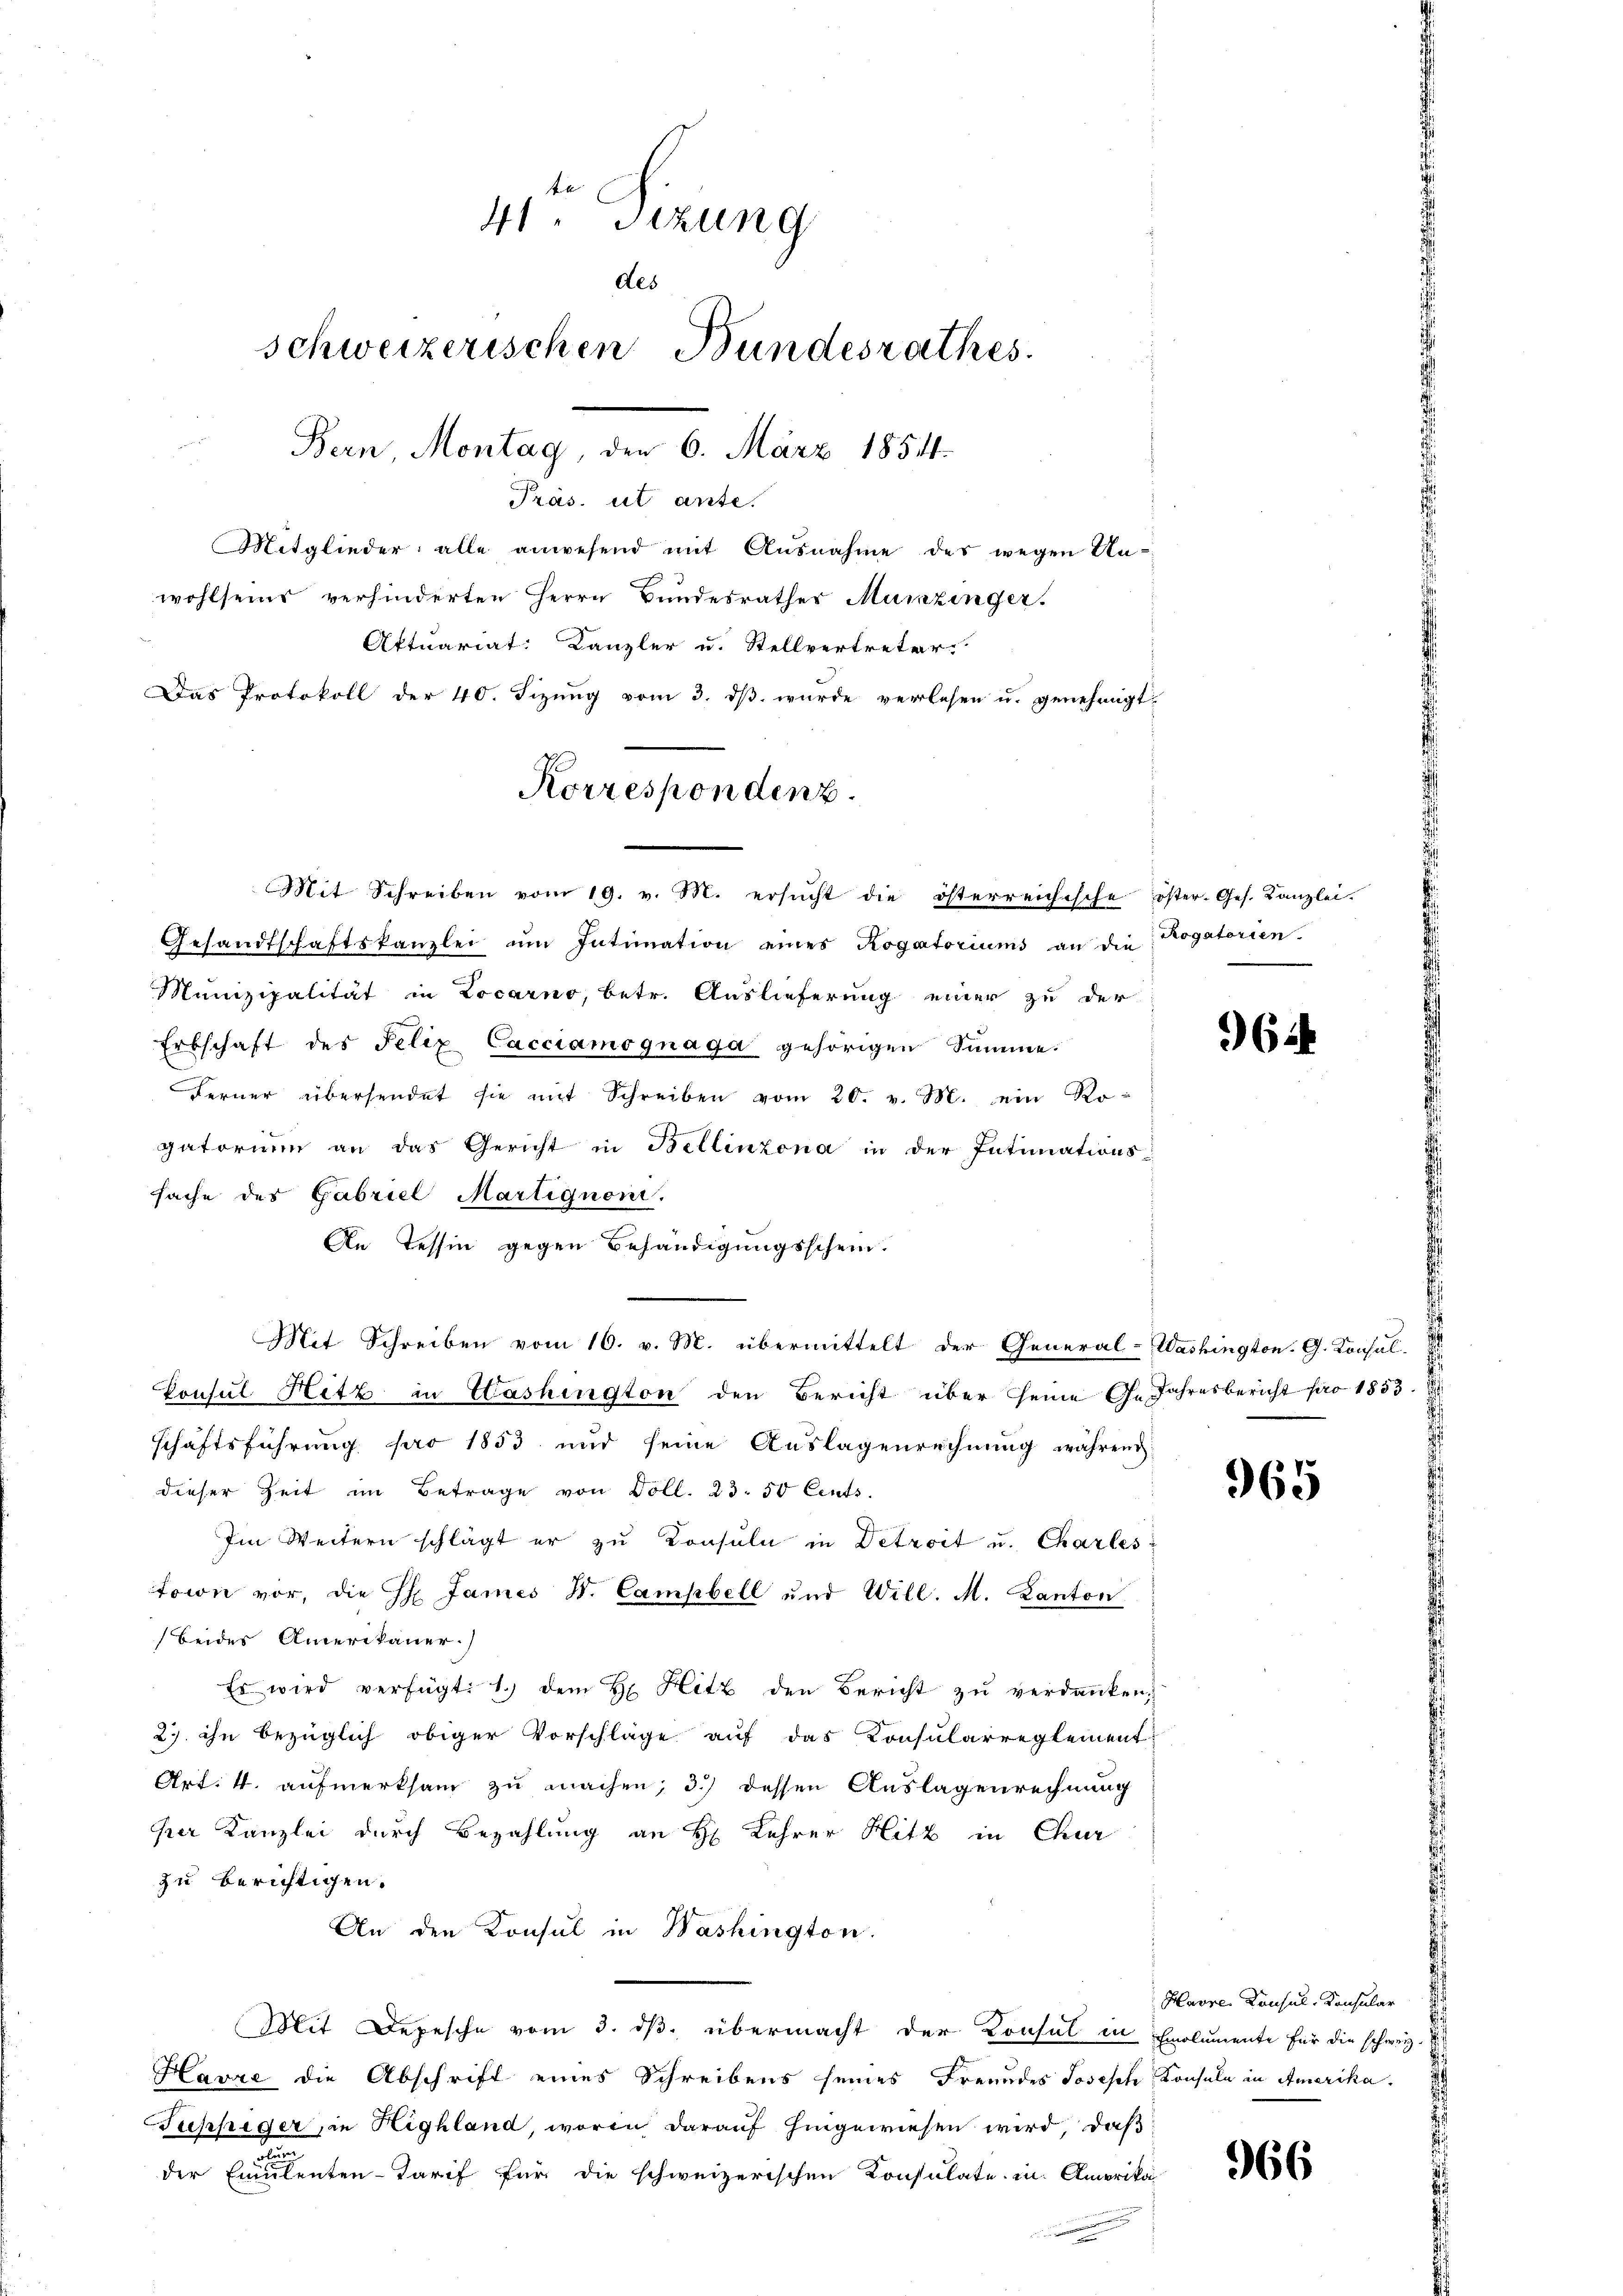
te
41 Sizung
des
schweizerischen Bundesrathes
Bern, Montag, der 6. März 1854.
Präs. ut ante.

Mitglieder alle anwesend mit Ausnahme des wegen Unwohlseins verhinderten Herrn Bundesrathes Munzinger.
Attuariat: Kanzler u. Stellvertreter.
Das Protokoll der 40. Fizung vom 3. ds wurde verlesen u. genehmigt.

Korrespondenz.

Mit Schreiben vom 19. v. M. ersucht die österreichische öster-Ges. Kanzlei.
Gesandtschaftskanzlei ŭm Intimation eines Rogatoriums an die Rogatorien.
Munizipalität in Locarno, betr. Auslieferung einer zu der
Erbschaft des Felix Cacciamognaga gehörigen Summe.
Ferner übersendet sie mit Schreiben vom 20. v. M. ein Rogatorium an das Gericht in Bellinzona in der Intimations-
sache des Gabriel Martignoni.
An Tessin gegen Behändigungsschein.
Mit Schreiben vom 16. v. M. übermittelt der General-Washington G. Consul-
Consul Hitz in Washington den Bericht über seine Ge Jahresbericht pro 1853.
schäftsführung pro 1853 und seine Auslagenrechnung während
dieser Zeit im Betrage von Doll. 23. 50 Cents.
Im Weitern schlägt er zu Consuln in Detroit u. Charles
taion vor, die H. James V. Campbell und Will. M. Kanton
beides Amerikaner.)
Es wird verfügt: 1.) dem H. Hitz den Bericht zu verdanken,
2) ihn bezüglich obiger Vorschläge auf das Konsularreglement
Art. 4. aufmerksam zu machen; 3) dessen Auslagenrechnung
per Kanzlei durch Bezahlung an H. Lehrer Hitz in Chur
zu berichtigen.
An den Konsul in Washington.
Mit Depesche vom 3. dβ übermacht der Konsul in Emolumente für die schweiz.
Havre die Abschrift eines Schreibens seines Freundes Joseph Konsuln in Amerika.
uphiger, in Highland, worin darauf hingewiesen wird, daß

der Emulenten-Tarif für die schweizerischen Konsulate in Amerika

964

965

Havre Consul-Konsular

966